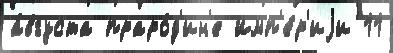
а́вгуста праро́д'ин'е Имп'е́р'иjи 11